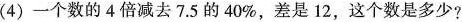
(4)一个数的4倍减去7.5的40%，差是12，这个数是多少?